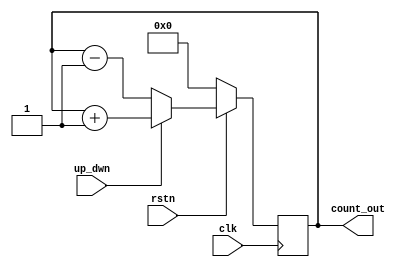
module dut_counter_up_dwn(
	input clk,
	input rstn,
	input up_dwn,
	output reg [3:0] count_out
);

	always@(posedge clk) begin
		if(!rstn)
			count_out <= 0;
		else if(up_dwn)			//Count Up
			count_out <= count_out + 1;
		else if(!up_dwn)		//Count Down
			count_out <= count_out - 1;
	end
endmodule